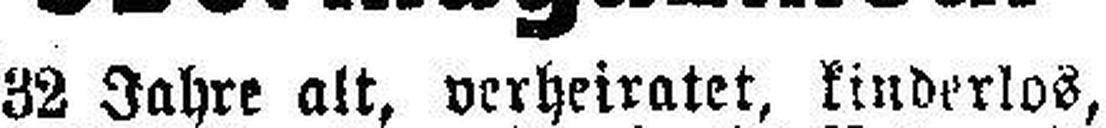
32 Jahre alt, verheiratet, kinderlos,